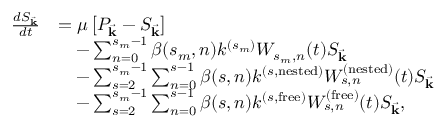
\begin{array} { r l } { \frac { d S _ { \vec { \mathbf { k } } } } { d t } } & { = \mu \left[ P _ { \vec { \mathbf { k } } } - S _ { \vec { \mathbf { k } } } \right] } \\ & { \quad - \sum _ { n = 0 } ^ { s _ { m } - 1 } \beta ( s _ { m } , n ) k ^ { ( s _ { m } ) } W _ { s _ { m } , n } ( t ) S _ { \vec { \mathbf { k } } } } \\ & { \quad - \sum _ { s = 2 } ^ { s _ { m } - 1 } \sum _ { n = 0 } ^ { s - 1 } \beta ( s , n ) k ^ { ( s , \mathrm { n e s t e d } ) } W _ { s , n } ^ { ( \mathrm { n e s t e d } ) } ( t ) S _ { \vec { \mathbf { k } } } } \\ & { \quad - \sum _ { s = 2 } ^ { s _ { m } - 1 } \sum _ { n = 0 } ^ { s - 1 } \beta ( s , n ) k ^ { ( s , \mathrm { f r e e } ) } W _ { s , n } ^ { ( \mathrm { f r e e } ) } ( t ) S _ { \vec { \mathbf { k } } } , } \end{array}